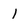
Character: 1